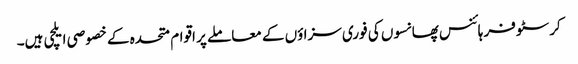
کرسٹوفر ہائنس پھانسوں کی فوری سزاؤں کے معاملے پر اقوام متحدہ کے خصوصی ایلچی ہیں۔